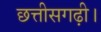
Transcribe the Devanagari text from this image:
छत्तीसगढ़ी।